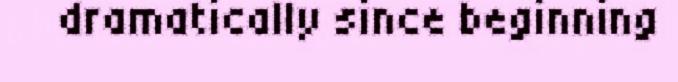
dramatically since beginning